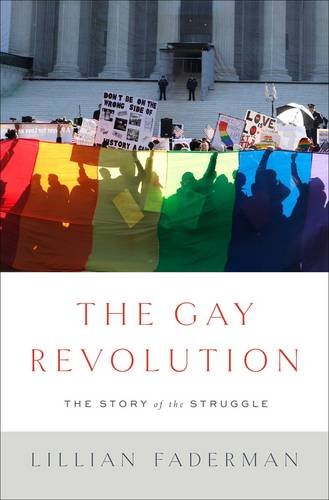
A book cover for The Gay Revolution: The Story of the Struggle; Lillian Faderman; Gay & Lesbian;